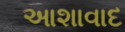
આશાવાદ